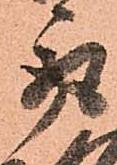
取